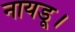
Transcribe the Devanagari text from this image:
नायडू।